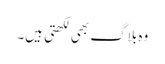
وہ بلاگ بھی لکھتی ہیں۔